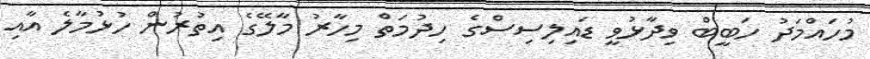
މުހަައްމަދު ހަބީބް ވިދާޅުވީ ޑައިލިސިސްގެ ހިދުމަތް މިހާރު މާލޭގެ އިތުރުން ހުޅުމާލެ އާއި